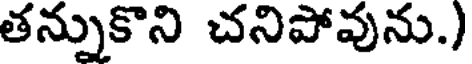
తన్నుకొని చనిపోవును.)